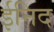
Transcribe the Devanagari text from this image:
ईनिद